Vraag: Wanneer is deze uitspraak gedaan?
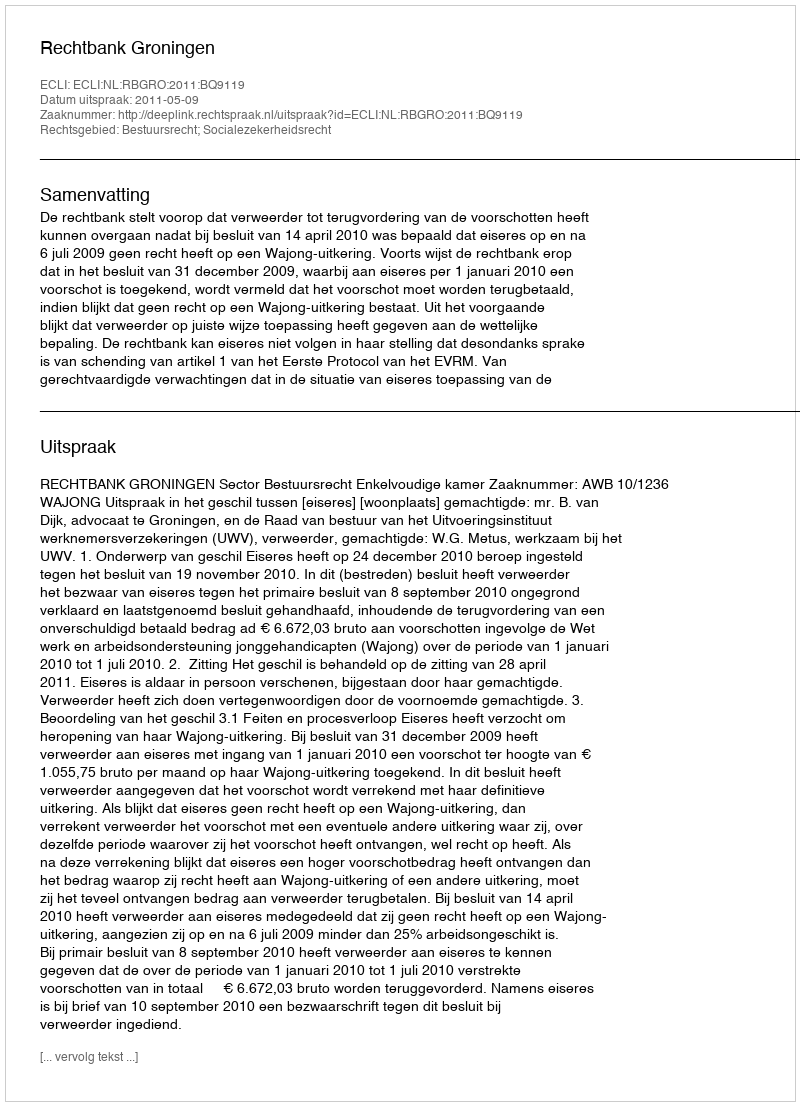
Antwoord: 2011-05-09